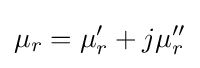
\mu _{r}=\mu _{r}'+j\mu _{r}''